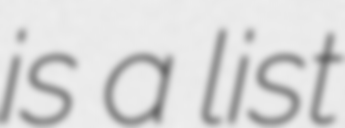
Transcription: is a list